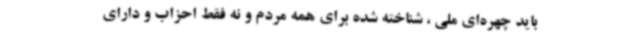
باید چهره‌ای ملی ، شناخته شده برای همه مردم و نه فقط احزاب و دارای